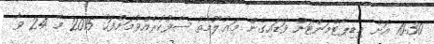
10:30 އަށް މިޑިޕާޓްމަންޓަށް ވަޑައިގެން މަޢުލޫމާތު ސާފުކުރެއްވުމަށްފަހު 2015 މޭ 24 ވާ